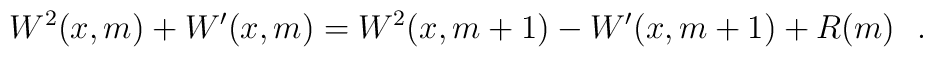
W^2(x,m)+W'(x,m)=W^2(x,m+1)-W'(x,m+1)+R(m)~~.